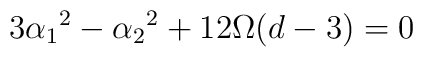
3 \alpha_1{}^2 - \alpha_2{}^2 + 12 \Omega (d-3) = 0